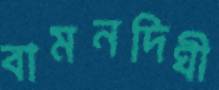
বামনদিঘী